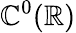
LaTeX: \mathbb{C}^{0}(\mathbb{{R}})